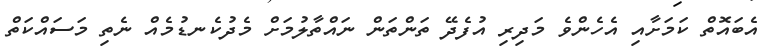
އެބައޮތް ކަމަށާއި އެހެންވެ މަދިރި އުފެދޭ ތަންތަން ނައްތާލުމަށް މެދުކެނޑުމެއް ނެތި މަސައްކަތް